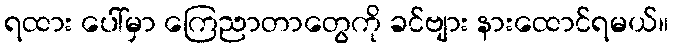
ရထား ပေါ်မှာ ကြေညာတာတွေကို ခင်ဗျား နားထောင်ရမယ်။